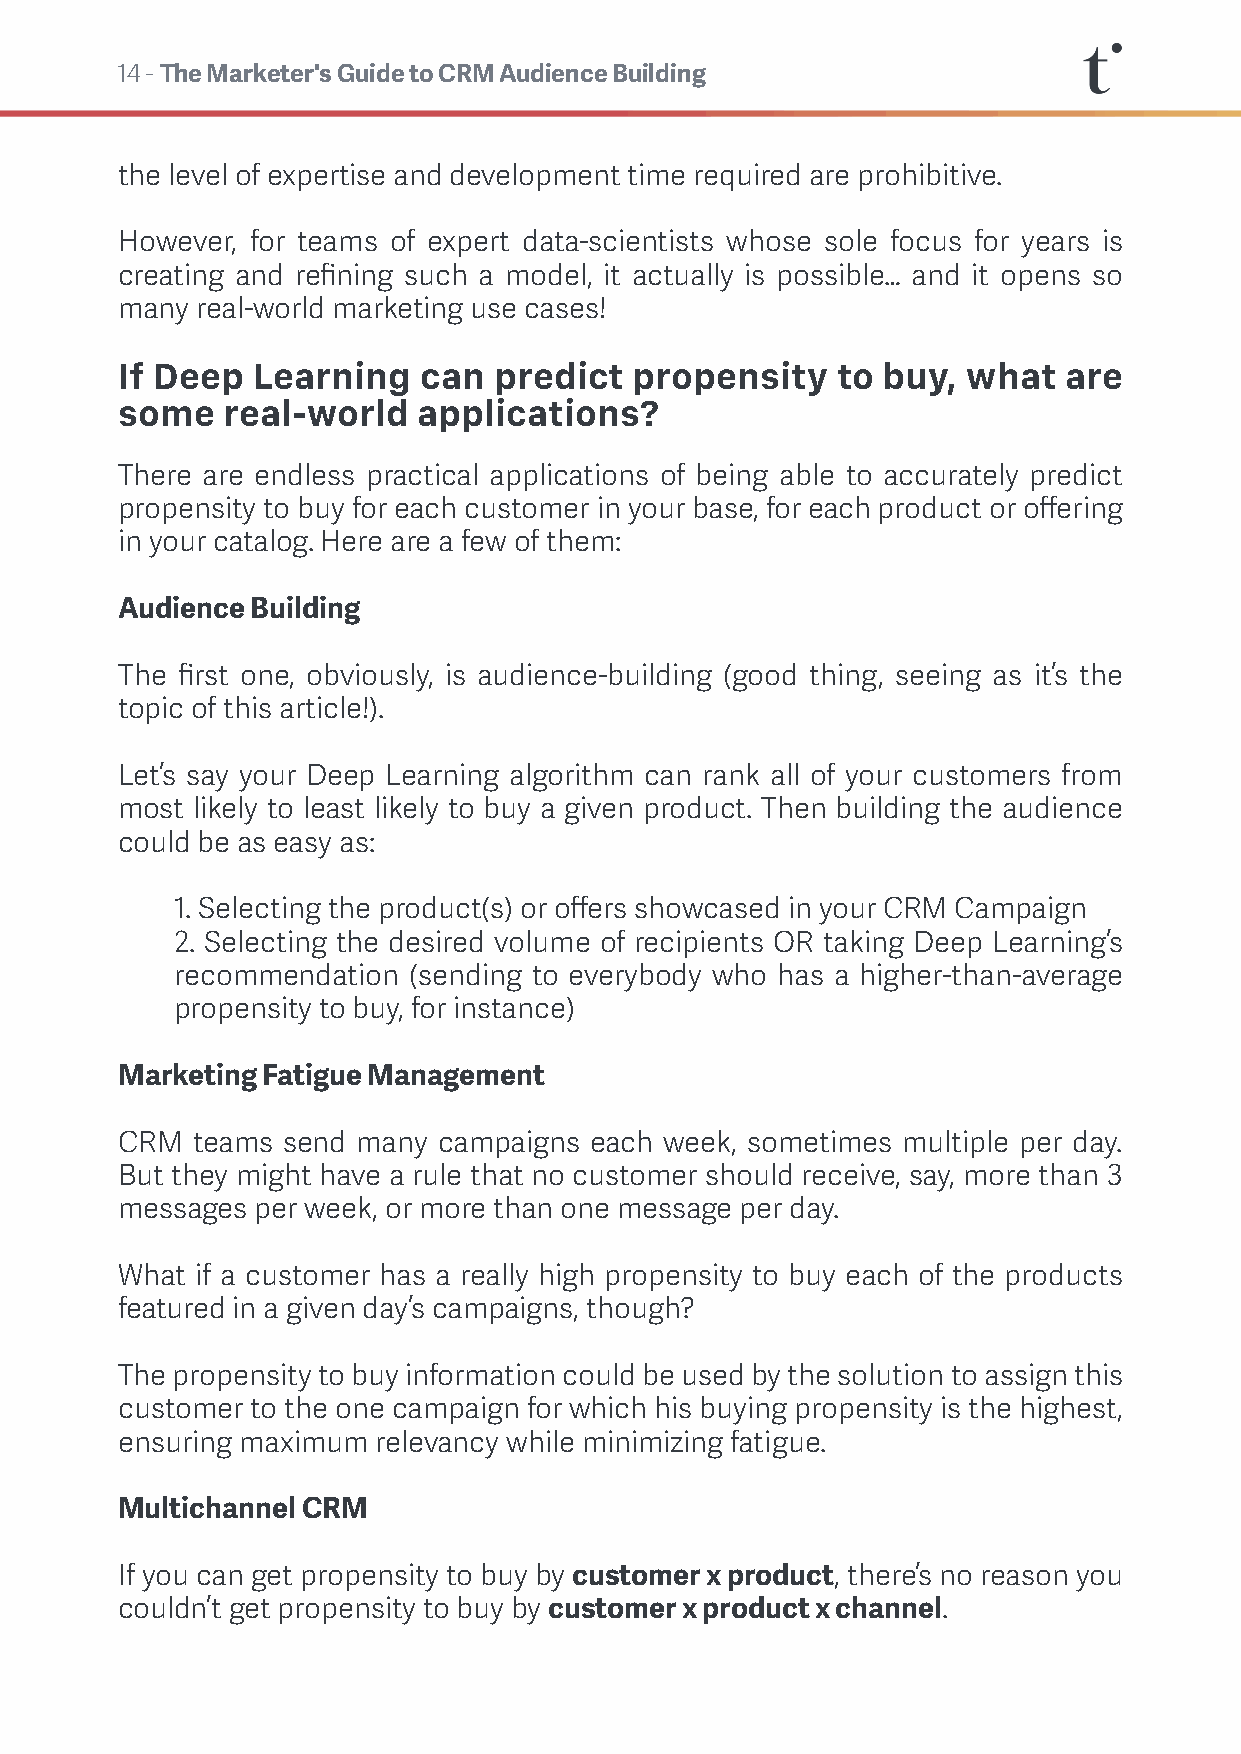
14 - The Marketer's Guide to CRM Audience Building
 the level of expertise and development time required are prohibitive.
 However, for teams of expert data-scientists whose sole focus for years is
 creating and refining such a model, it actually is possible… and it opens so
 many real-world marketing use cases!
 If Deep  Learning   can  predict  propensity   to buy,  what  are
 some   real-world   applications?
 There are endless practical applications of being able to accurately predict
 propensity to buy for each customer in your base, for each product or offering
 in your catalog. Here are a few of them:
 Audience Building
 The first one, obviously, is audience-building (good thing, seeing as it’s the
 topic of this article!).
 Let’s say your Deep Learning algorithm can rank all of your customers from
 most likely to least likely to buy a given product. Then building the audience
 could be as easy as:
 1. Selecting the product(s) or offers showcased in your CRM Campaign
 2. Selecting the desired volume of recipients OR taking Deep Learning’s
 recommendation (sending to everybody who has a higher-than-average
 propensity to buy, for instance)
 Marketing Fatigue Management
 CRM  teams send many campaigns each week, sometimes multiple per day.
 But they might have a rule that no customer should receive, say, more than 3
 messages per week, or more than one message per day.
 What if a customer has a really high propensity to buy each of the products
 featured in a given day’s campaigns, though?
 The propensity to buy information could be used by the solution to assign this
 customer to the one campaign for which his buying propensity is the highest,
 ensuring maximum relevancy while minimizing fatigue.
 Multichannel CRM
 If you can get propensity to buy by customer x product, there’s no reason you
 couldn’t get propensity to buy by customer x product x channel.